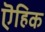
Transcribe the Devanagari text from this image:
ऎहिक